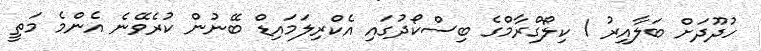
ހުދޫދަށް ބަލާއިރު 1 ކިލޯގްރާމްގެ ބިސްކޯދުގައި އެކްރިލަމައިޑް ބޭނުން ކުރެވޭނެ އެންމެ މަތީ